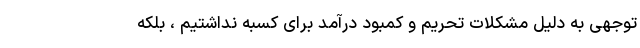
توجهی به دلیل مشکلات تحریم و کمبود درآمد برای کسبه نداشتیم ، بلکه